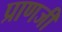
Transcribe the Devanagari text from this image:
प्राणजी